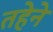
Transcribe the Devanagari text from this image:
तहेने